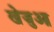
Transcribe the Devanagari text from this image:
खेजुआ